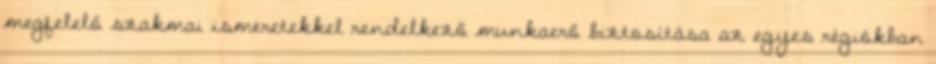
megfelelő szakmai ismeretekkel rendelkező munkaerő biztosítása az egyes régiókban